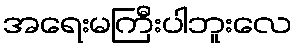
အရေးမကြီးပါဘူးလေ